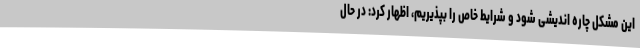
این مشکل چاره اندیشی شود و شرایط خاص را بپذیریم، اظهار کرد: در حال